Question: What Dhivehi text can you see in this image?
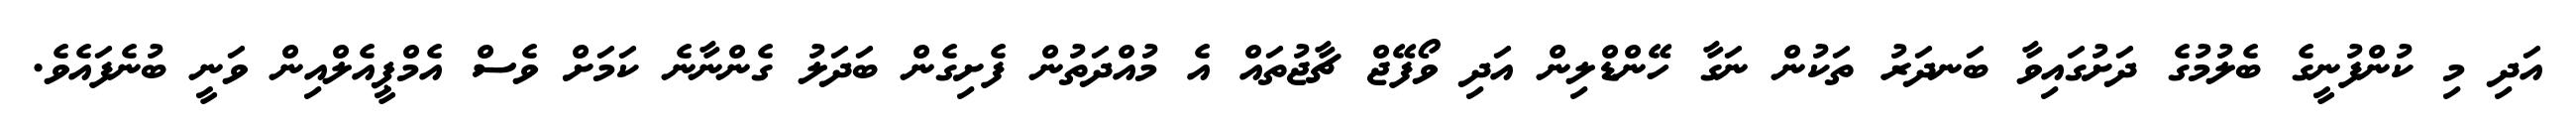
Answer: އަދި މި ކުންފުނީގެ ބެލުމުގެ ދަށުގައިވާ ބަނދަރު ތަކުން ނަގާ ހޭންޑްލިން އަދި ވޯފޭޖް ޗާޖުތައް އެ މުއްދަތުން ފެށިގެން ބަދަލު ގެންނާނެ ކަމަށް ވެސް އެމްޕީއެލްއިން ވަނީ ބުނެފައެވެ.